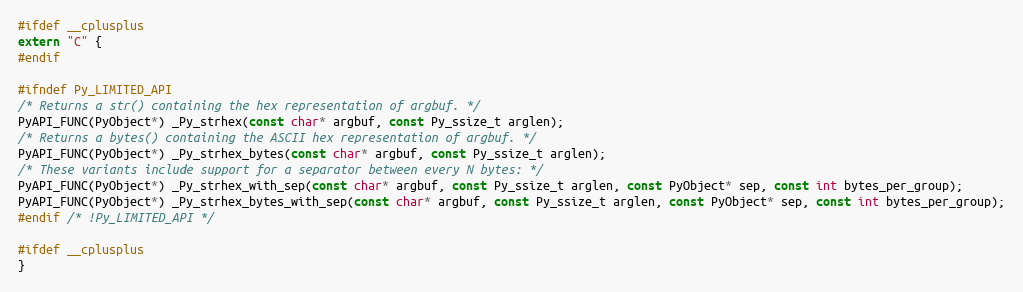
Language: C
#ifdef __cplusplus
extern "C" {
#endif

#ifndef Py_LIMITED_API
/* Returns a str() containing the hex representation of argbuf. */
PyAPI_FUNC(PyObject*) _Py_strhex(const char* argbuf, const Py_ssize_t arglen);
/* Returns a bytes() containing the ASCII hex representation of argbuf. */
PyAPI_FUNC(PyObject*) _Py_strhex_bytes(const char* argbuf, const Py_ssize_t arglen);
/* These variants include support for a separator between every N bytes: */
PyAPI_FUNC(PyObject*) _Py_strhex_with_sep(const char* argbuf, const Py_ssize_t arglen, const PyObject* sep, const int bytes_per_group);
PyAPI_FUNC(PyObject*) _Py_strhex_bytes_with_sep(const char* argbuf, const Py_ssize_t arglen, const PyObject* sep, const int bytes_per_group);
#endif /* !Py_LIMITED_API */

#ifdef __cplusplus
}